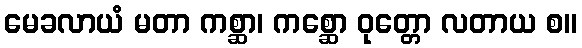
မေခလာယံ မတာ ကစ္ဆာ၊ ကစ္ဆော ဝုတ္တော လတာယ စ။